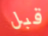
قبل